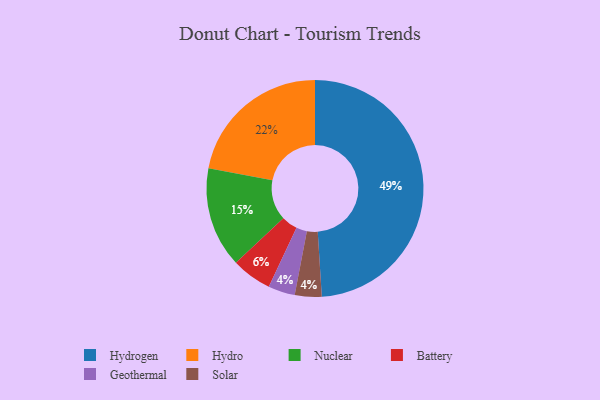
{"axis": {"x": "Category", "y": "Percentage"}, "legend": ["Battery", "Geothermal", "Hydro", "Hydrogen", "Nuclear", "Solar"], "data": [{"x": "Hydro", "y": 22, "type": "Hydro"}, {"x": "Battery", "y": 6, "type": "Battery"}, {"x": "Geothermal", "y": 4, "type": "Geothermal"}, {"x": "Hydrogen", "y": 49, "type": "Hydrogen"}, {"x": "Solar", "y": 4, "type": "Solar"}, {"x": "Nuclear", "y": 15, "type": "Nuclear"}]}